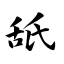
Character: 舐